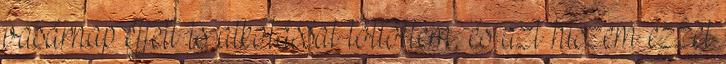
vasárnap éjjelt is alkotással töltöttem, és azt hiszem ezzel